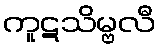
ကူဋသိမ္ဗလီ